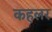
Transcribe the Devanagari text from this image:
कहलर